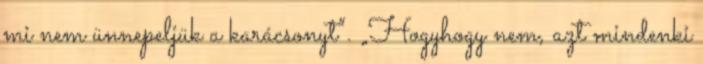
mi nem ünnepeljük a karácsonyt”. „Hogyhogy nem, azt mindenki